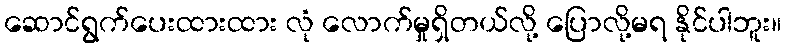
ဆောင်ရွက်ပေးထားထား လုံ လောက်မှုရှိတယ်လို့ ပြောလို့မရ နိုင်ပါဘူး။